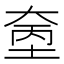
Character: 𪥓